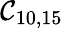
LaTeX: \mathcal{C}_{10,15}